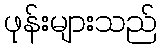
ဖုန်းများသည်